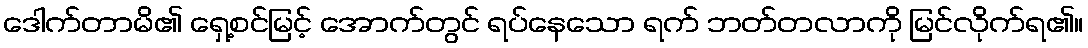
ဒေါက်တာမိ၏ ရှေ့စင်မြင့် အောက်တွင် ရပ်နေသော ရက် ဘတ်တလာကို မြင်လိုက်ရ၏။